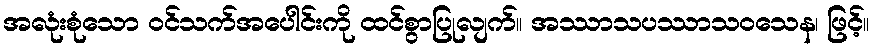
အလုံးစုံသော ဝင်သက်အပေါင်းကို ထင်စွာပြုလျက်။ အဿာသပဿာသဝသေန၊ ဖြင့်။